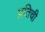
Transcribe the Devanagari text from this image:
प्रतिची